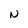
Character: N